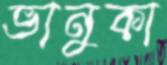
ভানুকা